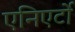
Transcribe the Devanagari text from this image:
एनिएर्टो